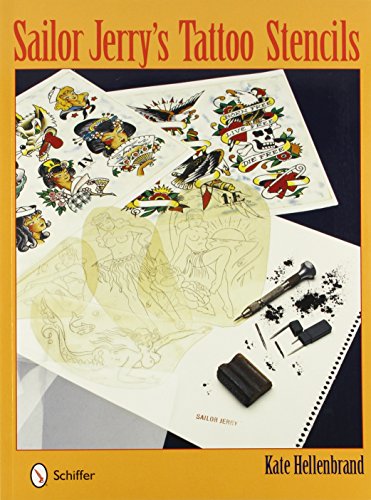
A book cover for Sailor Jerry's Tattoo Stencils; Kate Hellenbrand; Arts & Photography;